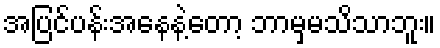
အပြင်ပန်းအနေနဲ့တော့ ဘာမှမသိသာဘူး။